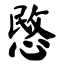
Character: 愍